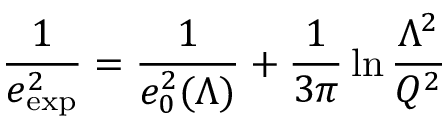
{ \frac { 1 } { e _ { \mathrm { e x p } } ^ { 2 } } } = { \frac { 1 } { e _ { 0 } ^ { 2 } ( \Lambda ) } } + { \frac { 1 } { 3 \pi } } \ln { \frac { \Lambda ^ { 2 } } { Q ^ { 2 } } }